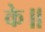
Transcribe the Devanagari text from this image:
के॥